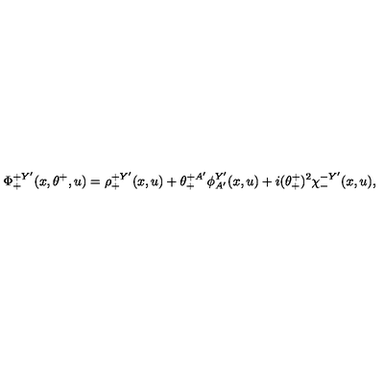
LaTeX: \Phi _ { + } ^ { + Y ^ { \prime } } ( x , \theta ^ { + } , u ) = \rho _ { + } ^ { + Y ^ { \prime } } ( x , u ) + \theta _ { + } ^ { + A ^ { \prime } } \phi _ { A ^ { \prime } } ^ { Y ^ { \prime } } ( x , u ) + i ( \theta _ { + } ^ { + } ) ^ { 2 } \chi _ { - } ^ { - Y ^ { \prime } } ( x , u ) ,